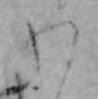
わ